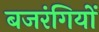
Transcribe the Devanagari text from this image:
बजरंगियों